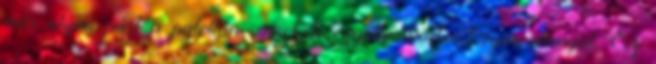
már olyan párt a palettán, amelyik együttműködne Gyurcsánnyal. Ez